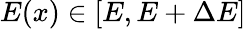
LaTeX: E(x)\in[E,E+\Delta E]